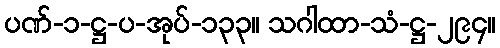
ပဏ်-၁-ဋ္ဌ-ပ-အုပ်-၁၃၃။ သဂါထာ-သံ-ဋ္ဌ-၂၉၄။